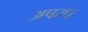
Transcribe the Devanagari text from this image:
अपरध